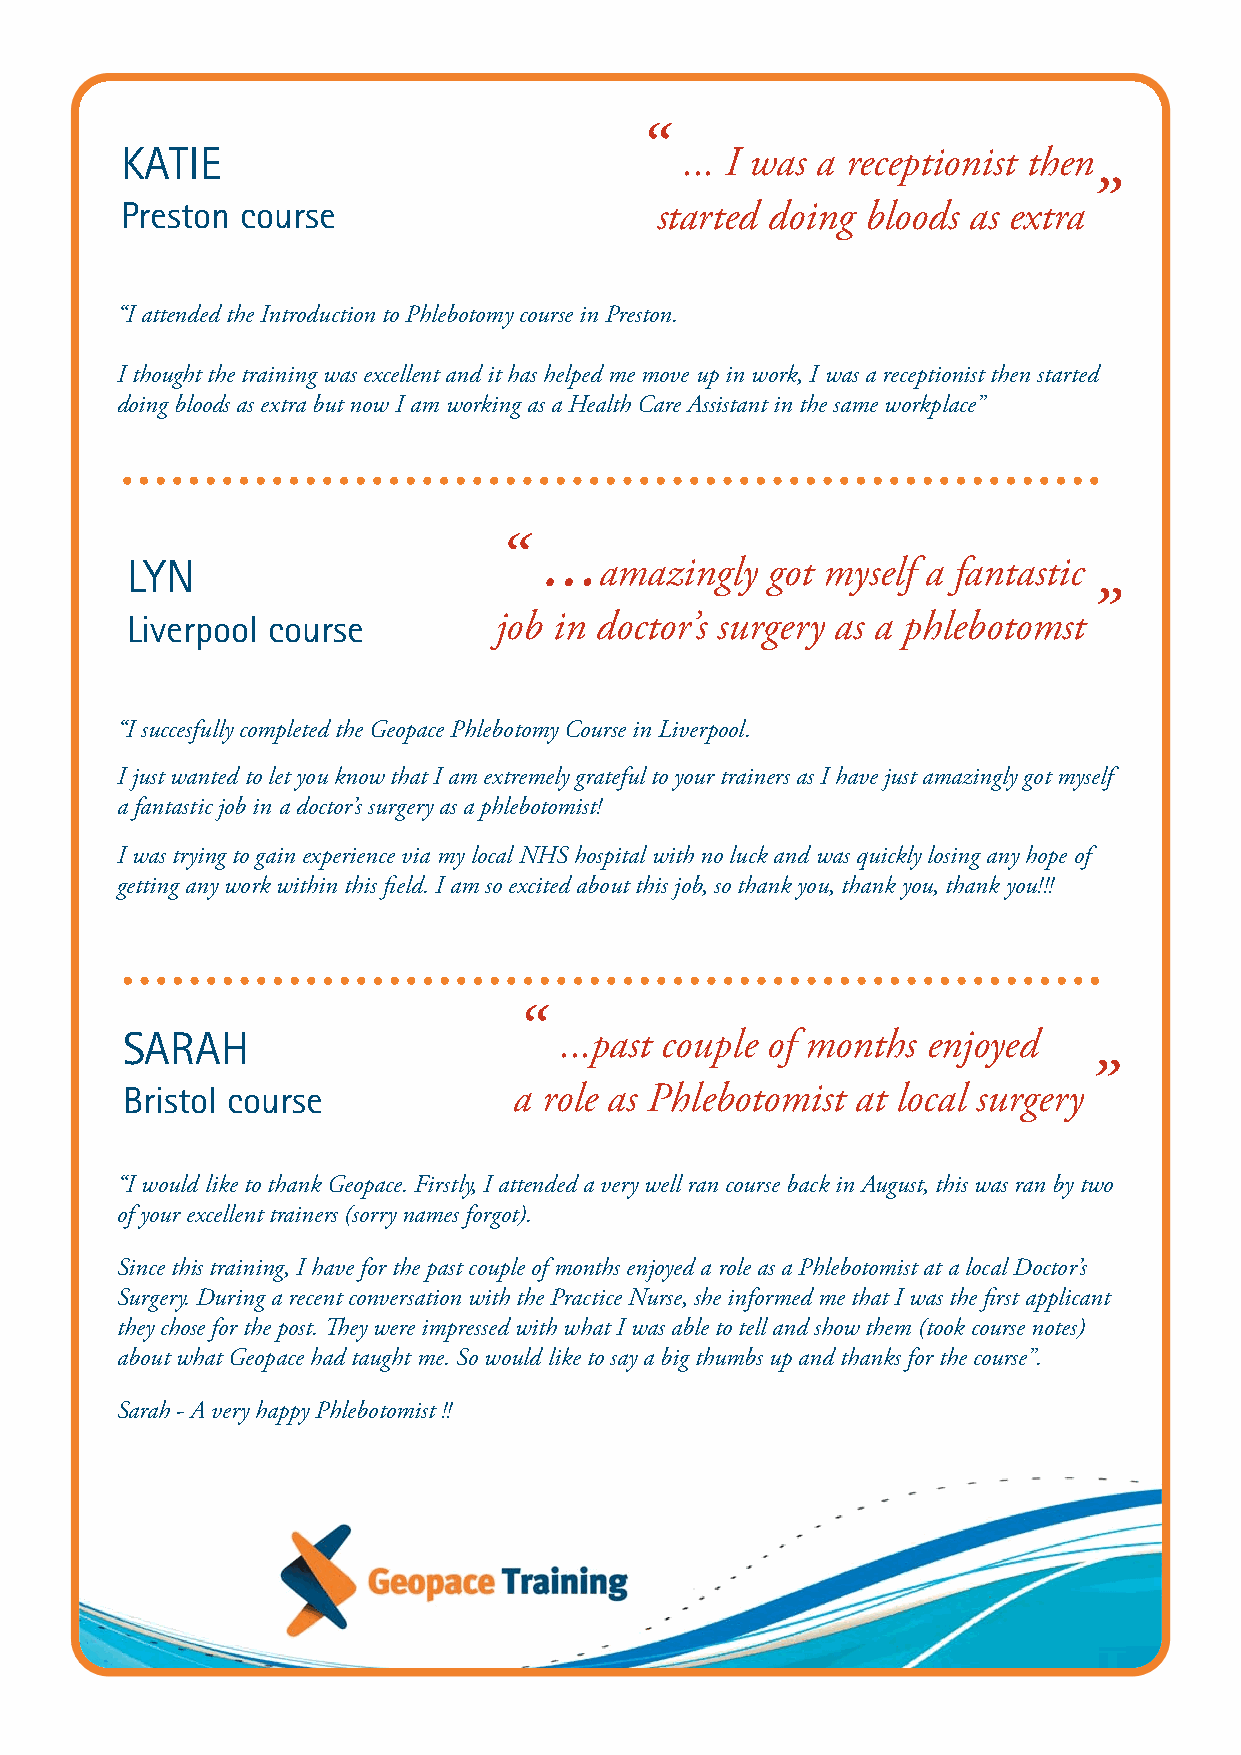
“
 KATIE                                ... I was a receptionist then
 ”
 Preston course                     started doing bloods as extra
 “I attended the Introduction to Phlebotomy course in Preston.
 I thought the training was excellent and it has helped me move up in work, I was a receptionist then started
 doing bloods as extra but now I am working as a Health Care Assistant in the same workplace”
 “  ...
 LYN                             amazingly  got myself a fantastic
 ”
 Liverpool course         job in doctor’s surgery as a phlebotomst
 “I succesfully completed the Geopace Phlebotomy Course in Liverpool.
 I just wanted to let you know that I am extremely grateful to your trainers as I have just amazingly got myself
 a fantastic job in a doctor’s surgery as a phlebotomist!
 I was trying to gain experience via my local NHS hospital with no luck and was quickly losing any hope of
 getting any work within this field. I am so excited about this job, so thank you, thank you, thank you!!!
 “
 SARAH                        ...past couple of months enjoyed
 ”
 Bristol course            a role as Phlebotomist at local surgery
 “I would like to thank Geopace. Firstly, I attended a very well ran course back in August, this was ran by two
 of your excellent trainers (sorry names forgot).
 Since this training, I have for the past couple of months enjoyed a role as a Phlebotomist at a local Doctor’s
 Surgery. During a recent conversation with the Practice Nurse, she informed me that I was the first applicant
 they chose for the post. They were impressed with what I was able to tell and show them (took course notes)
 about what Geopace had taught me. So would like to say a big thumbs up and thanks for the course”.
 Sarah - A very happy Phlebotomist !!